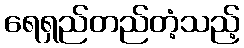
ရေရှည်တည်တံ့သည့်